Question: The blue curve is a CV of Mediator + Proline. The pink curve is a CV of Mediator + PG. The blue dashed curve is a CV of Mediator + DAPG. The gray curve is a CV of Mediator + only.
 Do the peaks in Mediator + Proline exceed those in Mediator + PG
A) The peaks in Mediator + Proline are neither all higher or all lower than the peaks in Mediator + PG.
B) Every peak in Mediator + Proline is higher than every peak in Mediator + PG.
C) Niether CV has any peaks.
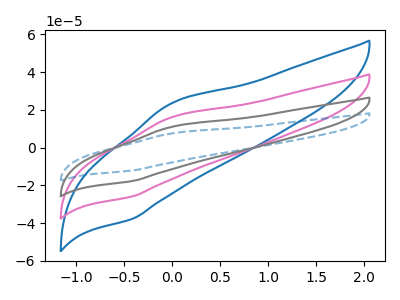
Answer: <think>The blue curve "Mediator + Proline" has an anodic peak at (0.00V, 23.50uA) and a cathodic peak at (-0.40V, -37.80uA). The pink curve "Mediator + PG" has an anodic peak at (0.00V, 16.10uA) and a cathodic peak at (-0.40V, -25.85uA). The blue dashed curve "Mediator + DAPG" has an anodic peak at (0.00V, 48.25uA) and a cathodic peak at (-0.40V, -77.60uA). The gray curve "Mediator + only" has an anodic peak at (0.00V, 32.15uA) and a cathodic peak at (-0.40V, -51.75uA).</think>
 <answer>B) Every peak in "Mediator + Proline" is higher than every peak in "Mediator + PG".</answer>
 <eval>B</eval>